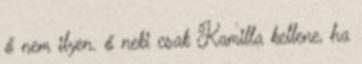
ő nem ilyen. ő neki csak Kamilla kellene, ha